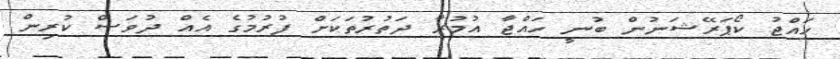
ހައްޖު ކޯޕަރޭޝަނުން ބުނީ ހައްޖާ އުމުރާ ދަތުރުތަކަށް ފުރުމުގެ އެއް ދުވަސް ކުރިން